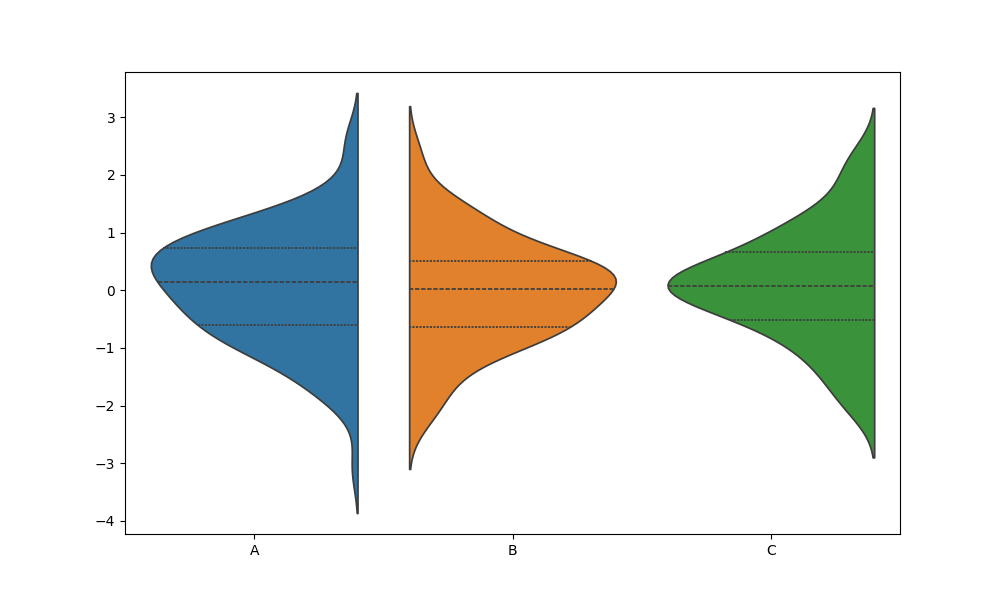
python, seaborn, violinplot, scale='area', split='True', inner='quart', fill='True'